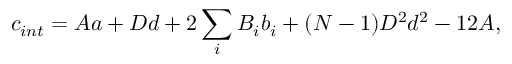
c _ { i n t } = A a + D d + 2 \sum _ { i } B _ { i } b _ { i } + ( N - 1 ) D ^ { 2 } d ^ { 2 } - 1 2 A ,